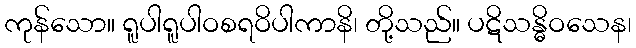
ကုန်သော။ ရူပါရူပါဝစရဝိပါကာနိ၊ တို့သည်။ ပဋိသန္ဓိဝသေန၊